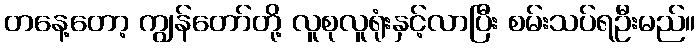
တနေ့တော့ ကျွန်တော်တို့ လူစုလူရုံးနှင့်လာပြီး စမ်းသပ်ရဦးမည်။